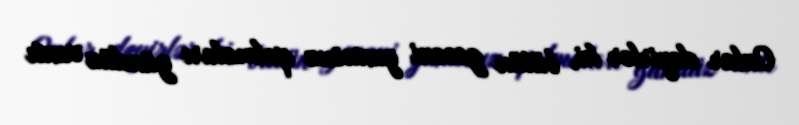
Onlar deyirlər ki, bütün gecəni yuxusuz qalmaları gündüz vaxtı